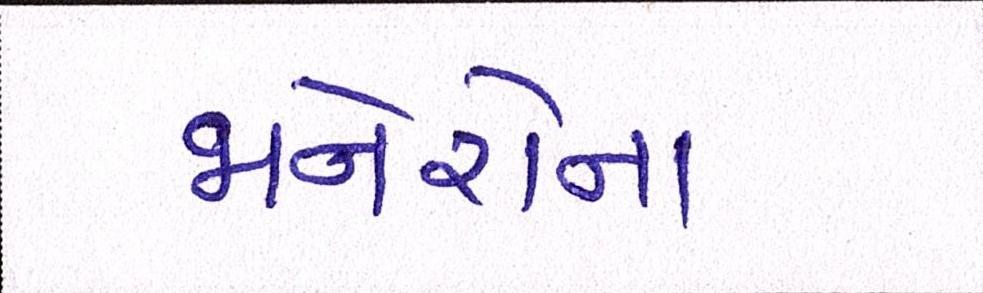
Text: જાનેરોના